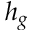
h _ { g }